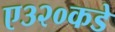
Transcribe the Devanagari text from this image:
ए३२०कडे